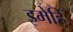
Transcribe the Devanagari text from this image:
इमेहिँ